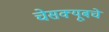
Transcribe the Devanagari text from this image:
चेसक्यूबचे